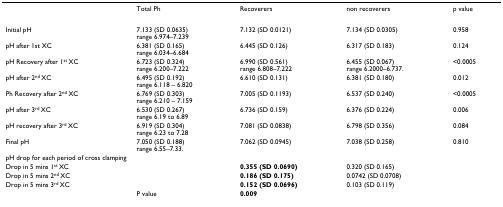
|  | Total Ph | Recoverers | non recoverers | p value |
 | --- | --- | --- | --- | --- |
 | Initial pH | 7.133 (SD 0.0635)range 6.974–7.239 | 7.132 (SD 0.0121) | 7.134 (SD 0.0305) | 0.958 |
 | pH after 1st XC | 6.381 (SD 0.165)range 6.034–6.684 | 6.445 (SD 0.126) | 6.317 (SD 0.183) | 0.124 |
 | pH Recovery after 1st XC | 6.723 (SD 0.324)range 6.200–7.222 | 6.990 (SD 0.561)range 6.808–7.222 | 6.455 (SD 0.067)range 6.2000–6.737. | <0.0005 |
 | pH after 2nd XC | 6.495 (SD 0.192)range 6.118 – 6.820 | 6.610 (SD 0.131) | 6.381 (SD 0.180) | 0.012 |
 | Ph Recovery after 2nd XC | 6.769 (SD 0.303)range 6.210 – 7.159 | 7.005 (SD 0.1193) | 6.537 (SD 0.240) | <0.0005 |
 | pH after 3rd XC | 6.530 (SD 0.267)range 6.19 to 6.89 | 6.736 (SD 0.159) | 6.376 (SD 0.224) | 0.006 |
 | pH recovery after 3rd XC | 6.919 (SD 0.304)range 6.23 to 7.28 | 7.081 (SD 0.0838) | 6.798 (SD 0.356) | 0.084 |
 | Final pH | 7.050 (SD 0.188)range 6.55–7.33. | 7.062 (SD 0.0945) | 7.038 (SD 0.258) | 0.810 |
 | <COLSPAN=5> pH drop for each period of cross clamping |
 | Drop in 5 mins 1st XC |  | 0.355 (SD 0.0690) | 0.320 (SD 0.165) |  |
 | Drop in 5 mins 2nd XC |  | 0.186 (SD 0.175) | 0.0742 (SD 0.0708) |  |
 | Drop in 5 mins 3rd XC |  | 0.152 (SD 0.0696) | 0.103 (SD 0.119) |  |
 |  | P value | 0.009 |  |  |